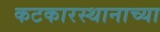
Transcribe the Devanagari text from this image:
कटकारस्थानाच्या